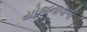
યોજનાવાળી